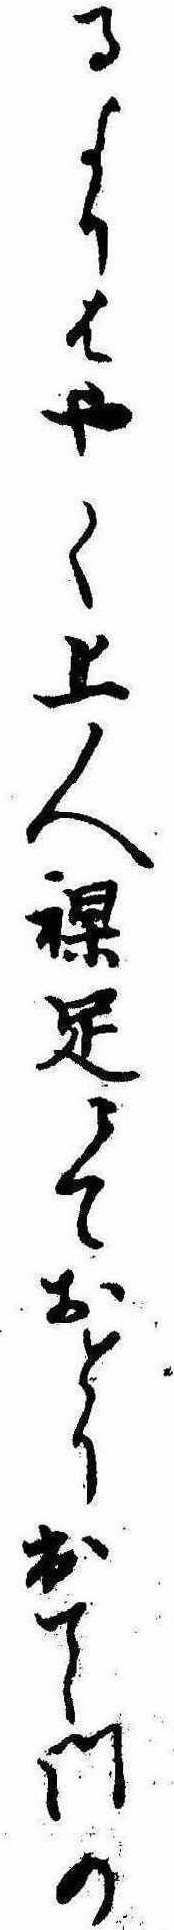
るよりはやく上人裸足にておとり出て門の